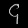
Digit: ၄